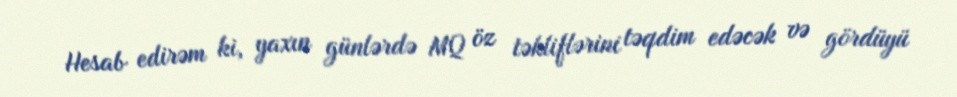
Hesab edirəm ki, yaxın günlərdə MQ öz təkliflərini təqdim edəcək və gördüyü